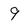
Character: 9